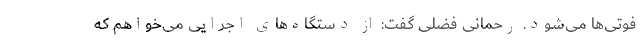
فوتی‌ها می‌شود. رحمانی فضلی گفت: از دستگاه‌های اجرایی می‌خواهم که